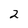
Character: 2